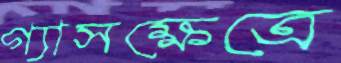
গ্যাসক্ষেত্রে